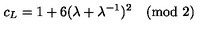
c _ { L } = 1 + 6 ( \lambda + \lambda ^ { - 1 } ) ^ { 2 } \pmod 2